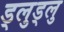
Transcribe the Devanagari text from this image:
ड्लुड्लु